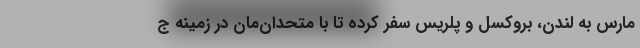
مارس به لندن، بروکسل و پلریس سفر کرده تا با متحدان‌مان در زمینه ج